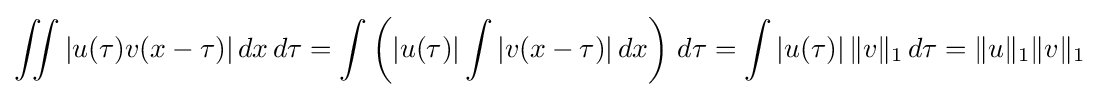
\iint |u(\tau )v(x-\tau )|\,dx\,d\tau =\int \left(|u(\tau )|\int |v(x-\tau )|\,dx\right)\,d\tau =\int |u(\tau )|\,\|v\|_{1}\,d\tau =\|u\|_{1}\|v\|_{1}